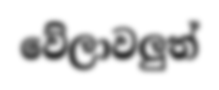
වේලාවලුත්